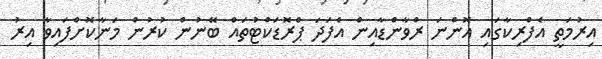
އިރުމަތީ އެފްރިކާގައި އޮންނަ ރްވާންޑާއިން އެފަދަ ޕްރޮޑަކްޓުތައް ބޭނުން ކުރުން މަނާކޮށްފައިވާ އިރު